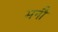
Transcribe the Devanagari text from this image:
मनौ